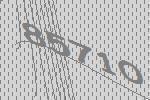
85710